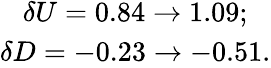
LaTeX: \begin{array}{clcr}{{\delta U=0.84\to 1.09;}}\\ {{\delta D=-0.23\to-0.51.}}\end{array}